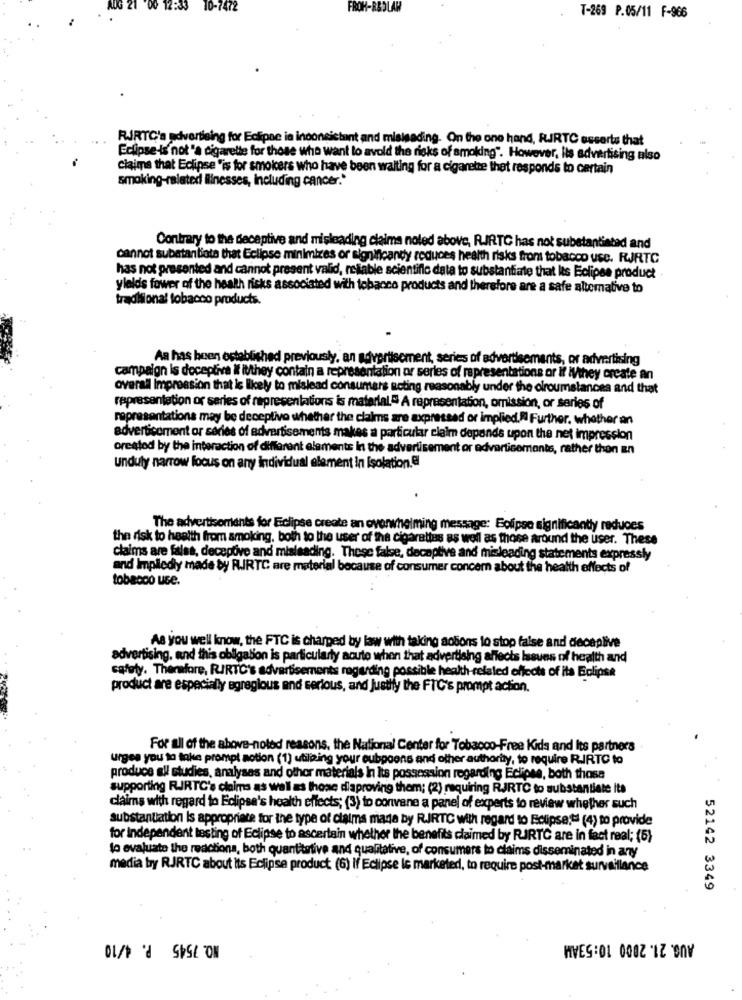
AUG 21
00 12:33
10-7472
FROH-REDLAW
T-269 P.05/11 F-966
RJRTC's advertising for Eclipse is inconsistent and misisading. On the one hand, RUJRTC esserts that
Eclipse-is not 'a cigarette for those who want lo avold the risks of smoking". However, its advertising also
Claims that Eclipse "is for smoicers who have been waiting for a cigarette that responds to certain
smoking-related Blinesses, including cancer."
Contrary to the deceptive and misleading claims noted above, RIRTC has not substantiated and
cannot substantiate that Eclipse minimizes or significandy reduces health risks from tobacco use. RJRTC
has not presented and cannot present valid, reliable scientific data to substantiate that Its Eclipse product
ylelds fower of the health risks associated with tobacco products and therefore are a safe alternative to
traditional tobacco products.
Aa has been established previously, an advertisement, series of advertisements, or advertising
campaign is deceptive it itthey contain a representation or serles of representations or If Mthey create an
overall Impression that is likely to mislead consumers acting reasonably under the olroumstances and that
representation or series of representations is material." A representation, omission, or series of
representations may be deceptive whether the claims are expressed or implied.Il Further. whether an
adverticoment or series of advertisements makes a particular claim depends upon the net impression
created by the interaction of different elements in the advertisement or advertisements, rather thon En
unduly narrow focus on any individual element In Isolation.el
The advertisements for Eclipse create an overwhelming message: Eoipso significantly reduces
the risk to health from smoking, both to the user of the cigarettes as well as those around the user. These
claims are false, deceptive and misleading. These false, decaptive and misleading statements expressly
and Implediy made by R.IRTC are material because of consumer concern about the health effects of
tobacco use.
As you well know, the FTC is charged by law with taking aobons to stop false and deceplive
advertising, and this obligation is particularly acute when that advertising affects lasuns of health and
safely. Therefore, RIRTO's advertisements regarding possible health-related effects of its Eclipse
product are especially egregious and serious, and Justify the FTC's prompt action.
For all of the above-noted reasons. the National Center for Tobacco-Free Kids and Its partners
urges you to take prompt aotion (1) utilizing your eubpoons and other authority, to require R-IRTC to
produce all studies, analyses and other materials In Its possession regarding Eclipse, both those
supporting RIRTC's claims as well as those diaproving them; (2) requiring RJRTC to substantiate its
claims with regard to Eclipse's health effects; (3) to convene a panel of experts to review whether such
substantiation is appropriate for the type of claims made by R.IRTC with regard to Eclipse;" (4) to provide
for independent testing of Eclipse to ascertain whether the benefits claimed by RJRTC are in fact real; (5)
to evaluate the reactions, both quantitative and qualitative, of consumers to claims disseminated in any
media bry RJRTC about its Eclipse product (6) If Eclipse is marketed, to require post-market surveillance
52142 3349
NO. 7545 P. 4/10
AUG. 21. 2000 10:53AM